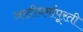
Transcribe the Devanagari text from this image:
जातीधर्मापूरती